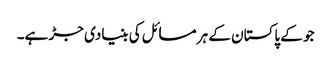
جو کے پاکستان کے ہر مسائل کی بنیادی جڑ ہے۔